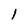
Character: l